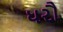
ધરૌ